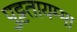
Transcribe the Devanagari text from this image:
पुट्टतायम्मा